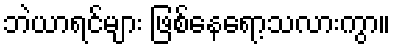
ဘဲယာရင်များ ဖြစ်နေရော့သလားကွာ။